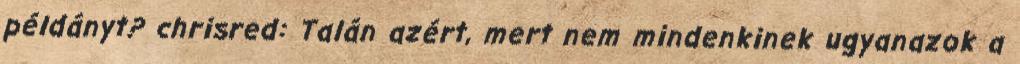
példányt? chrisred: Talán azért, mert nem mindenkinek ugyanazok a